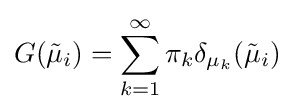
G({\tilde {\mu }}_{i})=\sum _{k=1}^{\infty }\pi _{k}\delta _{\mu _{k}}({\tilde {\mu }}_{i})